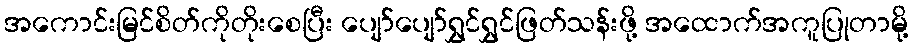
အကောင်းမြင်စိတ်ကိုတိုးစေပြီး ပျော်ပျော်ရွှင်ရွှင်ဖြတ်သန်းဖို့ အထောက်အကူပြုတာမို့